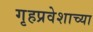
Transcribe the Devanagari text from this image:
गृहप्रवेशाच्या